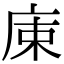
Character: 𢈠